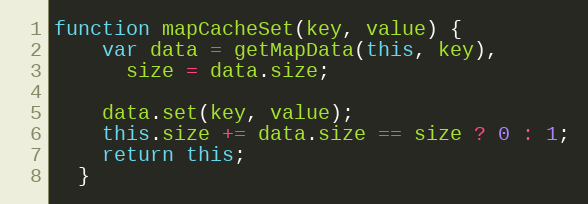
Language: JavaScript
function mapCacheSet(key, value) {
    var data = getMapData(this, key),
      size = data.size;

    data.set(key, value);
    this.size += data.size == size ? 0 : 1;
    return this;
  }